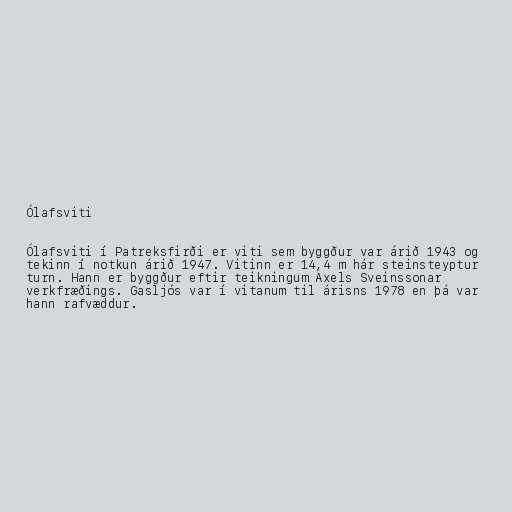
Ólafsviti

Ólafsviti í Patreksfirði er viti sem byggður var árið 1943 og
tekinn í notkun árið 1947. Vitinn er 14,4 m hár steinsteyptur
turn. Hann er byggður eftir teikningum Axels Sveinssonar
verkfræðings. Gasljós var í vitanum til árisns 1978 en þá var
hann rafvæddur.